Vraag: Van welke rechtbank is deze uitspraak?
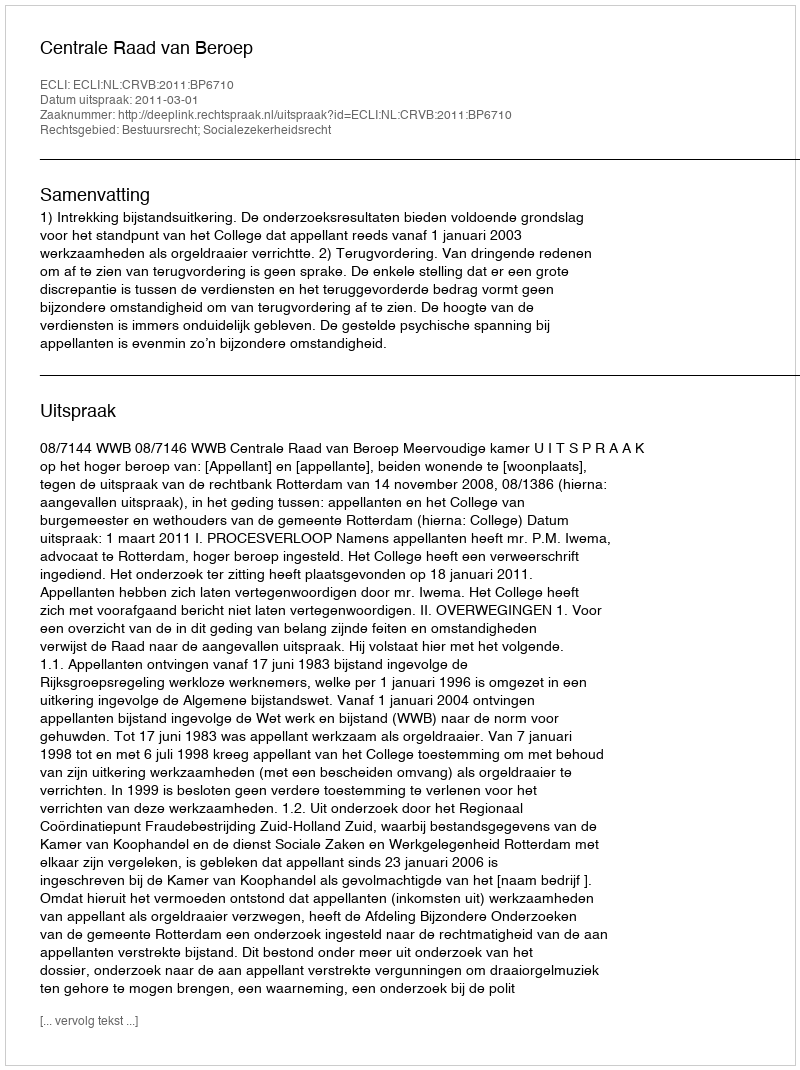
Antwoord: Centrale Raad van Beroep